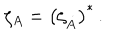
\zeta _ { A } = \left( \zeta _ { \dot { A } } \right) ^ { * } \, .